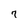
Character: 7